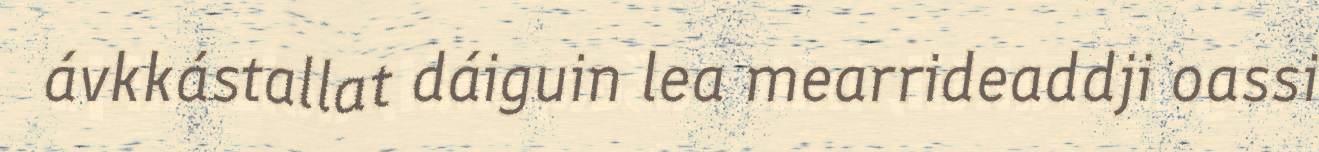
ávkkástallat dáiguin lea mearrideaddji oassi